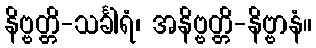
နိဗ္ဗတ္တိ-သင်္ခါရံ၊ အနိဗ္ဗတ္တိ-နိဗ္ဗာနံ။